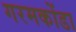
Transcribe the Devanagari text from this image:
गरमकोंडा